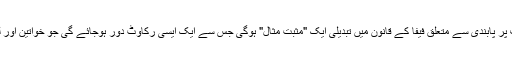
خط میں مسٹر لیمکے نے موقف اختیار کیا ہے کہ اسکارف پر پابندی سے متعلق فیفا کے قانون میں تبدیلی ایک "مثبت مثال" ہوگی جس سے ایک ایسی رکاوٹ دور ہوجائے گی جو خواتین اور لڑکیوں کے فٹ بال کھیلنے کی راہ میں حائل ہوسکتی ہے ۔